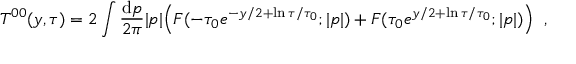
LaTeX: T ^ { 0 0 } ( y , \tau ) = 2 \int \frac { \mathrm { d } p } { 2 \pi } | p | { \displaystyle \Bigl ( F ( - \tau _ { 0 } e ^ { - y / 2 + \ln \tau / \tau _ { 0 } } ; | p | ) + F ( \tau _ { 0 } e ^ { y / 2 + \ln \tau / \tau _ { 0 } } ; | p | ) \Bigr ) } \; \; ,